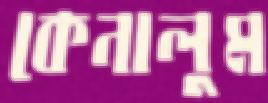
কেনালুম